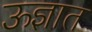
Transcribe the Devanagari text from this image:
ऊज्ञात